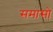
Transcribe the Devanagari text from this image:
समासो